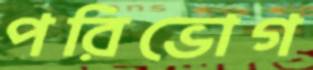
পরিভোগ